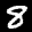
Label: 8